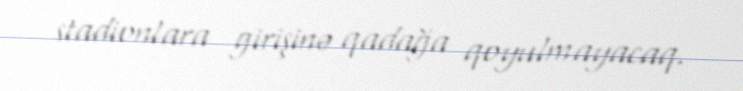
stadionlara girişinə qadağa qoyulmayacaq.